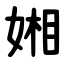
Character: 㜀